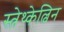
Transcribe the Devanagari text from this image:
स्त्रेथ्केल्विन